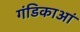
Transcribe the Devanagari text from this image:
गंडिकाआं